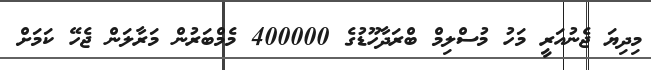
މިދިޔަ ޖެނުއަރީ މަހު މުސްލިމް ބްރަދާހޫޑުގެ 400000 މެމްބަރުން މަރާލަން ޖެހޭ ކަމަށް